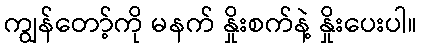
ကျွန်တော့်ကို မနက် နှိုးစက်နဲ့ နှိုးပေးပါ။